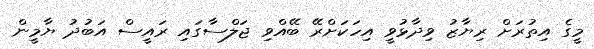
މީގެ އިތުރަށް ރިޔާޒު ވިދާޅުވީ އިހަކަށްރޭ ބޭއްވި ޖަލްސާގައި ރައީސް އަބުދު ޔާމީން